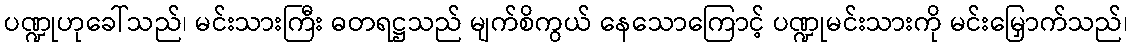
ပဏ္ဍုဟုခေါ်သည်၊ မင်းသားကြီး ဓတရဋ္ဌသည် မျက်စိကွယ် နေသောကြောင့် ပဏ္ဍုမင်းသားကို မင်းမြှောက်သည်၊